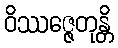
ဝိဿဇ္ဇေတုန္တိ